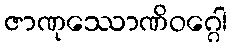
ဇာဏုဿောဏိဝဂ္ဂေါ